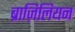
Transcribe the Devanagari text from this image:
ब्राज़िलियन